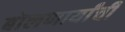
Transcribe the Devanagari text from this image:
बोलणार्यांची